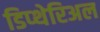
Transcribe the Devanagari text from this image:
डिप्थेरिअल